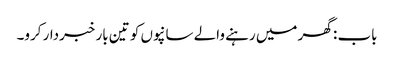
باب : گھر میں رہنے والے سانپوں کو تین بار خبردار کرو۔